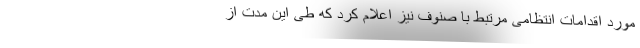
مورد اقدامات انتظامی مرتبط با صنوف نیز اعلام کرد که طی این مدت از